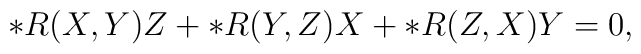
\ast R(X,Y)Z  + \ast R(Y,Z)X + \ast R(Z,X)Y =0,